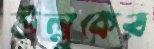
উল্লুকের